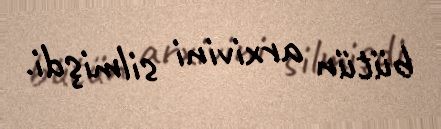
bütün arxivini silmişdi.